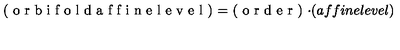
\textup { ( o r b i f o l d a f f i n e l e v e l ) = ( o r d e r ) \cdot ( a f f i n e l e v e l ) }